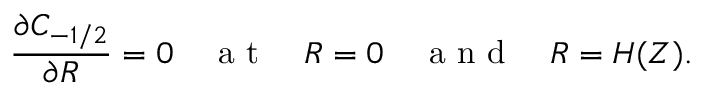
\frac { \partial C _ { - 1 / 2 } } { \partial R } = 0 \quad \mathrm { ~ a ~ t ~ } \quad R = 0 \quad \mathrm { ~ a ~ n ~ d ~ } \quad R = H ( Z ) .